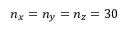
n _ { x } = n _ { y } = n _ { z } = 3 0